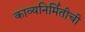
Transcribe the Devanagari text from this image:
काव्यनिर्मितीची